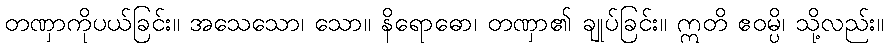
တဏှာကိုပယ်ခြင်း။ အသေသော၊ သော။ နိရောဓော၊ တဏှာ၏ ချုပ်ခြင်း။ ဣတိ ဧဝမ္ပိ၊ သို့လည်း။